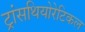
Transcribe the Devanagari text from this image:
ट्रांसथियोरेटिकल